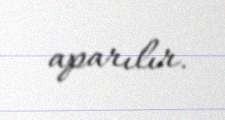
aparılır.